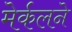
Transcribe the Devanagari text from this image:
मेर्कलने